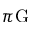
\pi \mathrm { G }